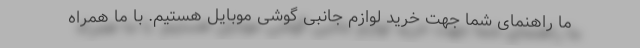
ما راهنمای شما جهت خرید لوازم جانبی گوشی موبایل هستیم. با ما همراه